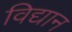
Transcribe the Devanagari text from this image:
विद्यान